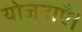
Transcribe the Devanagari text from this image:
योजनाएँ।